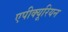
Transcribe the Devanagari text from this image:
एपीक्यूरियन